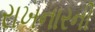
રાખનારની